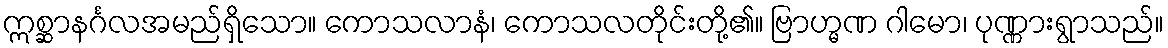
ဣစ္ဆာနင်္ဂလအမည်ရှိသော။ ကောသလာနံ၊ ကောသလတိုင်းတို့၏။ ဗြာဟ္မဏ ဂါမော၊ ပုဏ္ဏားရွာသည်။